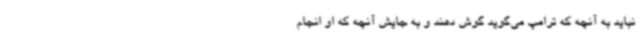
نباید به آنچه که ترامپ می‌گوید گوش دهند و به جایش آنچه که او انجام